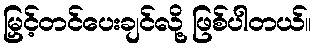
မြှင့်တင်ပေးချင်လို့ ဖြစ်ပါတယ်။